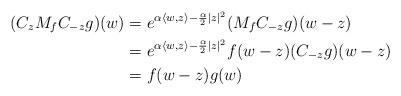
LaTeX: \begin{align*}(C_{z} M_f C_{-{z}} g)(w) &= e^{\alpha \langle w,{z}\rangle - \frac{\alpha}{2}|{z}|^2} (M_f C_{-{z}} g) (w - z)\\&= e^{\alpha \langle w, z \rangle - \frac{\alpha}{2}|z|^2} f(w - z) (C_{-z}g)(w - z)\\&= f(w-z)g(w)\end{align*}